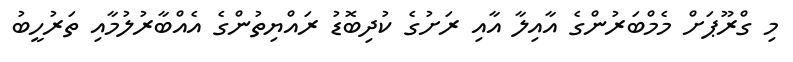
މި ގްރޫޕަށް މެމްބަރުންގެ އާއިލާ އާއި ރަށުގެ ކުދިބޮޑު ރައްޔިތުންގެ އެއްބާރުލުމާއި ތަރުހީބު